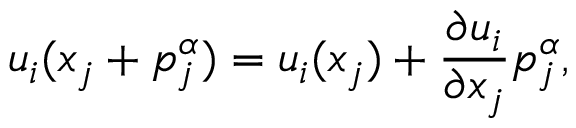
u _ { i } ( x _ { j } + p _ { j } ^ { \alpha } ) = u _ { i } ( x _ { j } ) + \frac { \partial u _ { i } } { \partial x _ { j } } p _ { j } ^ { \alpha } ,